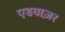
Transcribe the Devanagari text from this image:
एडवाज़र